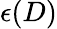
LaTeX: \epsilon(D)